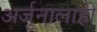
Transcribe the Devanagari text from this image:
अर्जुनालाही